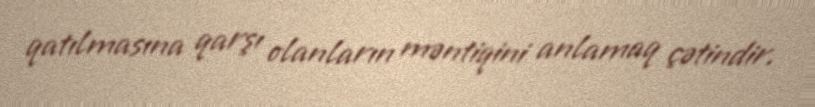
qatılmasına qarşı olanların məntiqini anlamaq çətindir.